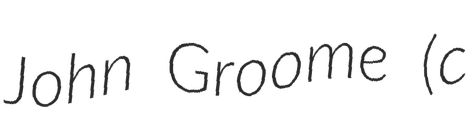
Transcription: John Groome (c